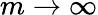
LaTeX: m\to\infty